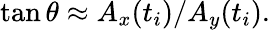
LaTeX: \tan\theta\approx A_{x}(t_{i})/A_{y}(t_{i}).